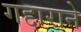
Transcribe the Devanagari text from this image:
गद्दाराने